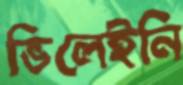
ভিলেইনি